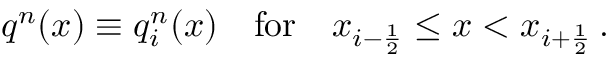
q ^ { n } ( x ) \equiv q _ { i } ^ { n } ( x ) \quad \mathrm { f o r } \quad x _ { i - \frac { 1 } { 2 } } \leq x < x _ { i + \frac { 1 } { 2 } } \, .